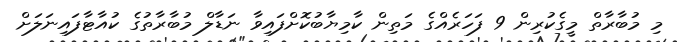
މި މުބާރާތް މީގެކުރިން 9 ފަހަރެއްގެ މަތިން ކާމިޔާބުކޮށްފައިވާ ނަޑާލް މުބާރާތުގެ ކުއާޓާފައިނަލަށް